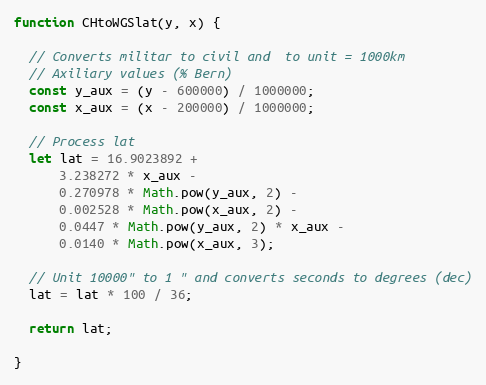
Language: JavaScript
function CHtoWGSlat(y, x) {

  // Converts militar to civil and  to unit = 1000km
  // Axiliary values (% Bern)
  const y_aux = (y - 600000) / 1000000;
  const x_aux = (x - 200000) / 1000000;

  // Process lat
  let lat = 16.9023892 +
      3.238272 * x_aux -
      0.270978 * Math.pow(y_aux, 2) -
      0.002528 * Math.pow(x_aux, 2) -
      0.0447 * Math.pow(y_aux, 2) * x_aux -
      0.0140 * Math.pow(x_aux, 3);

  // Unit 10000" to 1 " and converts seconds to degrees (dec)
  lat = lat * 100 / 36;

  return lat;

}